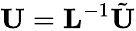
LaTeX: {\mathbf U}={\mathbf L}^{-1}\tilde{\mathbf U}